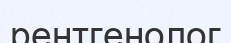
рентгенолог